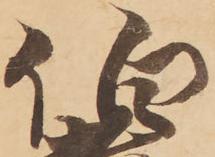
伯